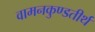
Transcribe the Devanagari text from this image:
वामनकुण्डतीर्थ